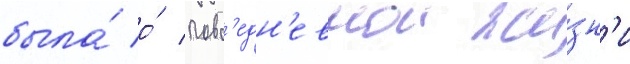
была́ о́ повс'едн'евнои жи́зн'и